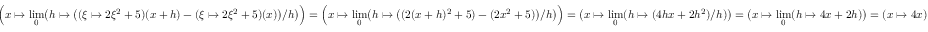
\Bigl ( x \mapsto \lim _ { 0 } \bigl ( h \mapsto \bigl ( ( \xi \mapsto 2 \xi ^ { 2 } + 5 ) ( x + h ) - ( \xi \mapsto 2 \xi ^ { 2 } + 5 ) ( x ) \bigr ) / h \bigr ) \Bigr ) = \Bigl ( x \mapsto \lim _ { 0 } \bigl ( h \mapsto \bigl ( ( 2 ( x + h ) ^ { 2 } + 5 ) - ( 2 x ^ { 2 } + 5 ) \bigr ) / h \bigr ) \Bigr ) = \bigl ( x \mapsto \lim _ { 0 } ( h \mapsto ( 4 h x + 2 h ^ { 2 } ) / h ) \bigr ) = \bigl ( x \mapsto \lim _ { 0 } ( h \mapsto 4 x + 2 h ) \bigr ) = ( x \mapsto 4 x )